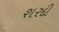
શરદી